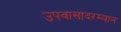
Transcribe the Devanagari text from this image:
उपवासादरम्यान